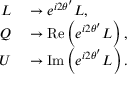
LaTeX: \begin{array} { r l } { L } & { { } \rightarrow e ^ { i 2 \theta ^ { \prime } } L , } \\ { Q } & { { } \rightarrow { \mathrm { R e } } \left( e ^ { i 2 \theta ^ { \prime } } L \right) , } \\ { U } & { { } \rightarrow { \mathrm { I m } } \left( e ^ { i 2 \theta ^ { \prime } } L \right) . } \end{array}